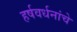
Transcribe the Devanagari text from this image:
हर्षवर्धनांचे